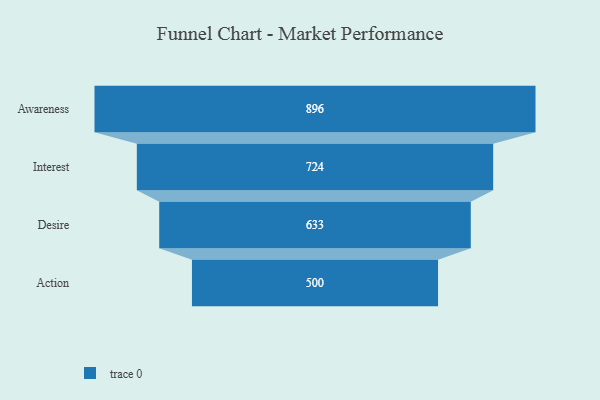
{"axis": {"x": "Stage", "y": "Value"}, "legend": [""], "data": [{"x": "Awareness", "y": 896.0, "type": ""}, {"x": "Interest", "y": 724.0, "type": ""}, {"x": "Desire", "y": 633.0, "type": ""}, {"x": "Action", "y": 500, "type": ""}]}